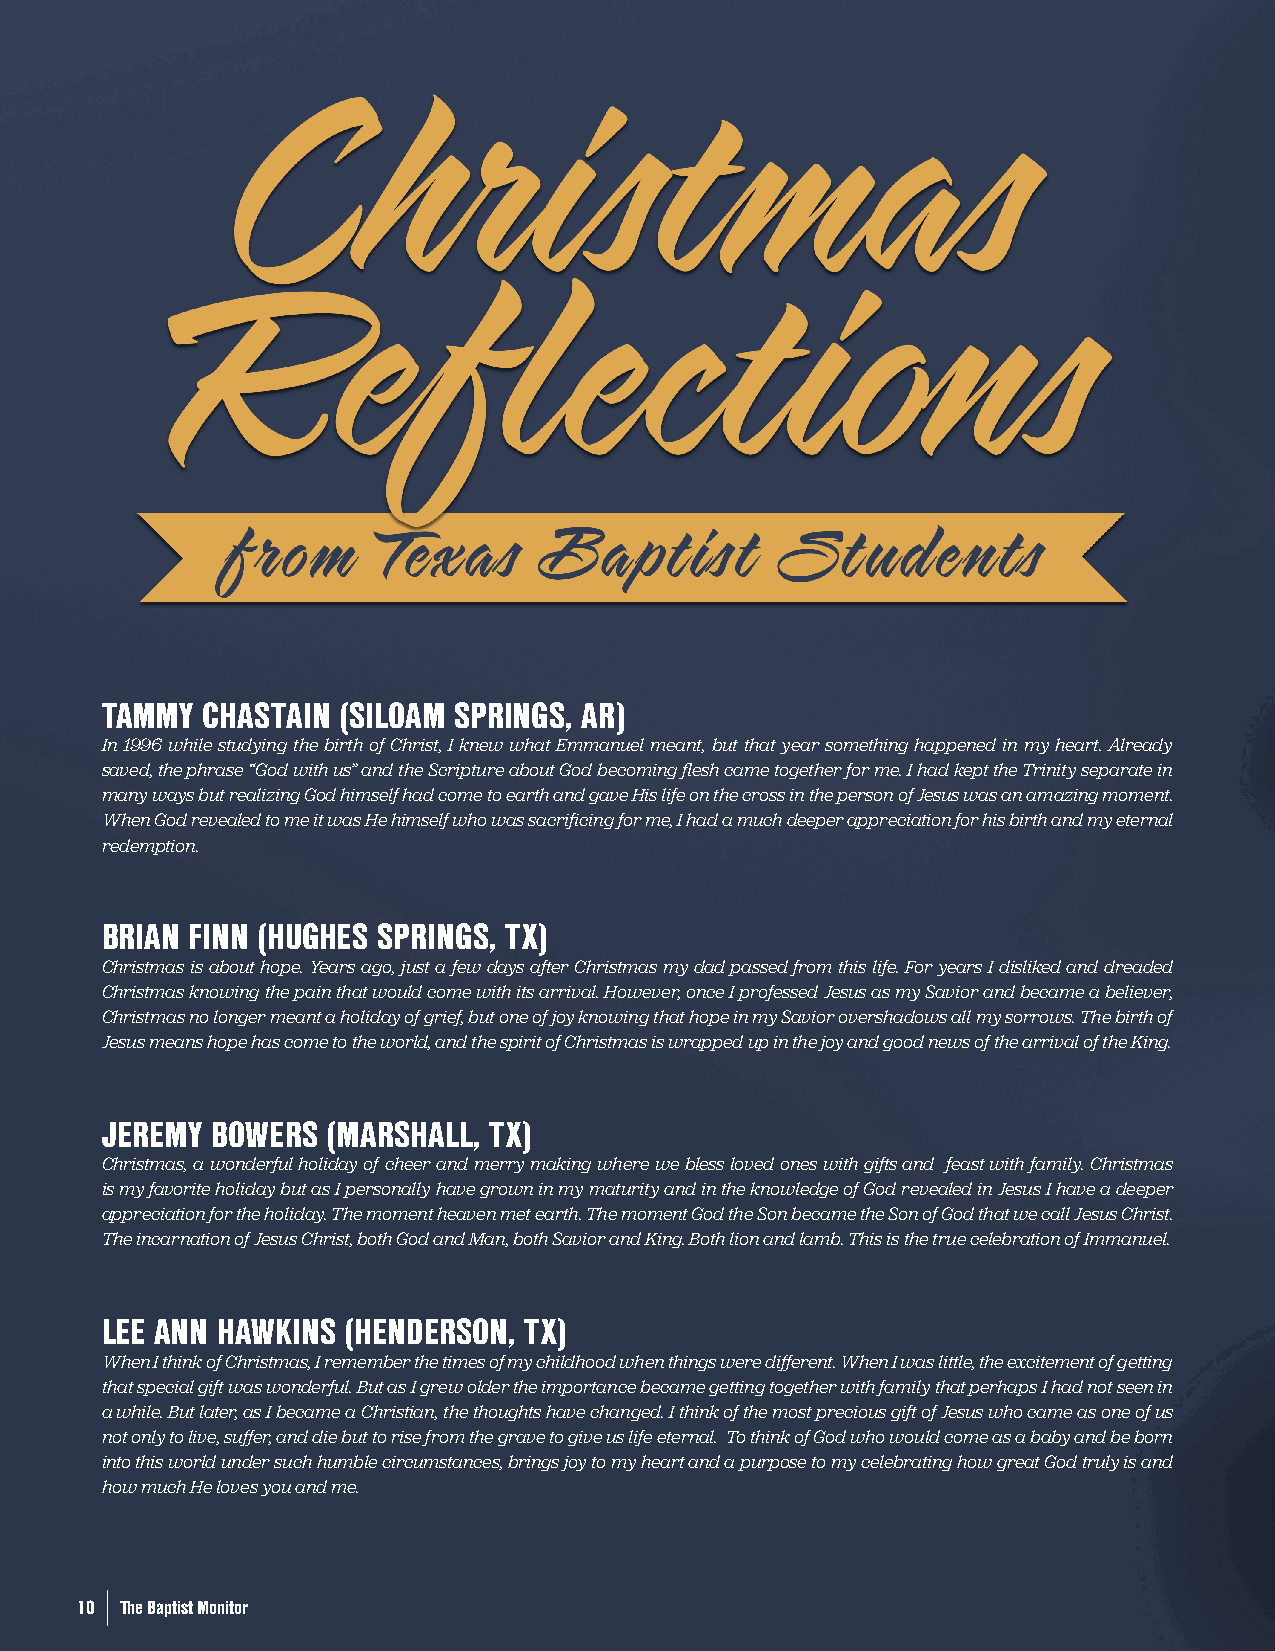
TAMMY CHASTAIN  (SILOAM SPRINGS, AR)
 In 1996 while studying the birth of Christ, I knew what Emmanuel meant, but that year something happened in my heart. Already
 saved, the phrase “God with us” and the Scripture about God becoming flesh came together for me. I had kept the Trinity separate in
 many ways but realizing God himself had come to earth and gave His life on the cross in the person of Jesus was an amazing moment.
 When God revealed to me it was He himself who was sacrificing for me, I had a much deeper appreciation for his birth and my eternal
 redemption.
 BRIAN FINN (HUGHES SPRINGS, TX)
 Christmas is about hope. Years ago, just a few days after Christmas my dad passed from this life. For years I disliked and dreaded
 Christmas knowing the pain that would come with its arrival. However, once I professed Jesus as my Savior and became a believer,
 Christmas no longer meant a holiday of grief, but one of joy knowing that hope in my Savior overshadows all my sorrows. The birth of
 Jesus means hope has come to the world, and the spirit of Christmas is wrapped up in the joy and good news of the arrival of the King.
 JEREMY BOWERS  (MARSHALL, TX)
 Christmas, a wonderful holiday of cheer and merry making where we bless loved ones with gifts and feast with family. Christmas
 is my favorite holiday but as I personally have grown in my maturity and in the knowledge of God revealed in Jesus I have a deeper
 appreciation for the holiday. The moment heaven met earth. The moment God the Son became the Son of God that we call Jesus Christ.
 The incarnation of Jesus Christ, both God and Man, both Savior and King. Both lion and lamb. This is the true celebration of Immanuel.
 LEE ANN HAWKINS (HENDERSON, TX)
 When I think of Christmas, I remember the times of my childhood when things were different. When I was little, the excitement of getting
 that special gift was wonderful. But as I grew older the importance became getting together with family that perhaps I had not seen in
 a while. But later, as I became a Christian, the thoughts have changed. I think of the most precious gift of Jesus who came as one of us
 not only to live, suffer, and die but to rise from the grave to give us life eternal. To think of God who would come as a baby and be born
 into this world under such humble circumstances, brings joy to my heart and a purpose to my celebrating how great God truly is and
 how much He loves you and me.
 10 The Baptist Monitor